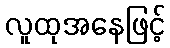
လူထုအနေဖြင့်